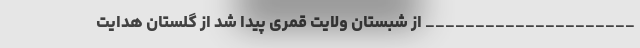
_____________________ از شبستان ولایت قمرى پیدا شد از گلستان هدایت